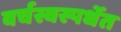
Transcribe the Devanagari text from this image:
वर्चस्वस्पर्धेत